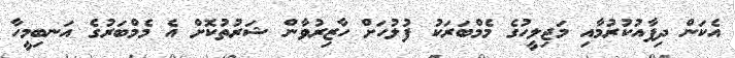
އެކަން ދިފާއުކުރުމާއި މަޖިލީހުގެ މެމްބަރަކު ފުލުހަށް ހާޒިރުވާން ޝަރުތުކޮށް އެ މެމްބަރުގެ އަނބިމީހާ